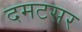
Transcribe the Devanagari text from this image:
दमटसर